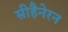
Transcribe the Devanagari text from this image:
सीहैनेरन